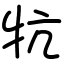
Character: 牨